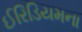
ઈરિડિયમના